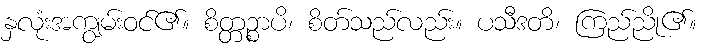
နှလုံးအကျွမ်းဝင်၏။ စိတ္တဉ္စာပိ၊ စိတ်သည်လည်း။ ပသီဒတိ၊ ကြည်ညို၏။